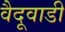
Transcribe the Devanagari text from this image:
वैदूवाडी